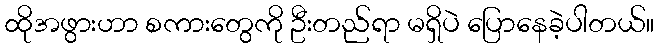
ထိုအဖွားဟာ စကားတွေကို ဦးတည်ရာ မရှိပဲ ပြောနေခဲ့ပါတယ်။